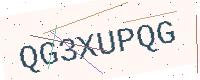
Text: QG3XUPQG